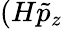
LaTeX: (H\tilde{p}_{z}